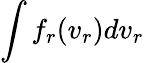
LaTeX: \int f_{r}(v_{r})dv_{r}